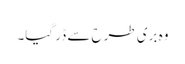
وہ بری طرح سے ڈر گیا۔